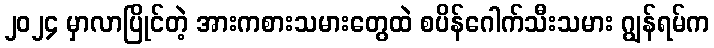
၂၀၂၄ မှာလာပြိုင်တဲ့ အားကစားသမားတွေထဲ စပိန်ဂေါက်သီးသမား ဂျွန်ရမ်က